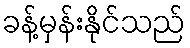
ခန့်မှန်းနိုင်သည်